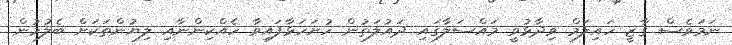
ނަމަވެސް ގާޒީ ހައިލަމް ވިދާޅުވީ މައްސަލާގައި ދައުލަތުން ހުށަހަޅާފައިވާ ހެއްކިންނާއި ލިޔުންތަކަށް ބެލުމުން